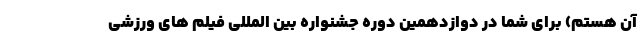
آن هستم) برای شما در دوازدهمین دوره جشنواره بین المللی فیلم های ورزشی